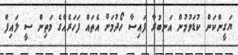
ޔަގީންކަން ކުޑަވުމުން އަނބުރާ ފައިސާ ހޯދުމަށް އެތައް ފަހަރެއްގެ މަތިން ސީ ލައިފް